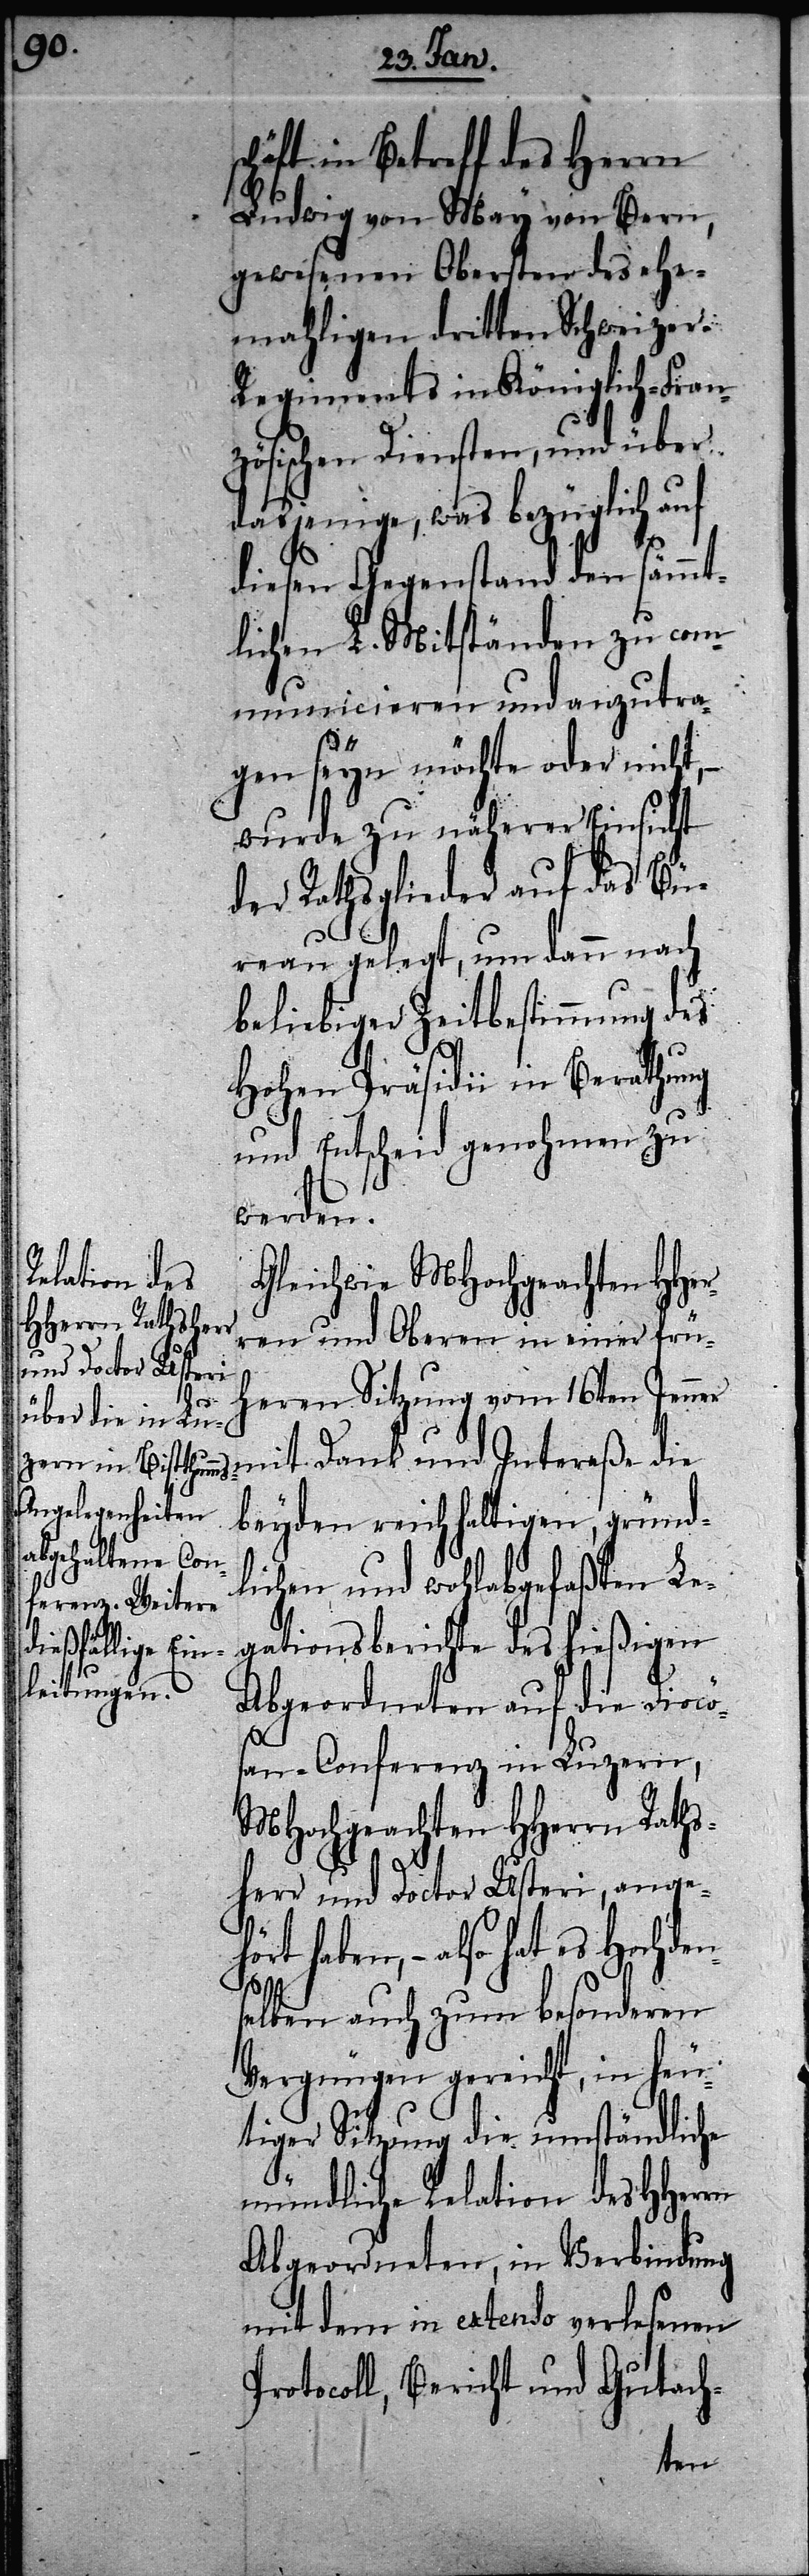
schäft in Betreff des Herrn
Ludwig von May von Bern,
gewesenen Obersten des ehe¬
mahligen dritten Schweizer-R¬
egiments in Königlich-Fran¬
zösischen Diensten, und über
dasjenige, was bezüglich auf
diesen Gegenstand den sämmt¬
lichen L. Mitständen zu com¬
municieren und anzutra¬
gen seyn möchte oder nicht, –
wurde zu näherer Einsicht
der Rathsglieder auf das Bü¬
reau gelegt, um dann nach
beliebiger Zeitbestimmung des
Hohen Präsidii in Berathung
und Entscheid genohmen zu
werden.
Gleichwie MHochgeachten HHer¬
ren und Oberen in einer frü¬
heren Sitzung vom 16ten Jenner
mit Dank und Intereße die
beyden reichhaltigen, gründ¬
lichen und wohlabgefaßten Le¬
gationsberichte des hießigen
Abgeordneten auf die Diocös¬
hö¬
an-Conferenz in Luzern,
MHochgeachten HHerrn Raths¬
herr und Doctor Usteri, ange¬
rt haben, – also hat es Hochden¬
selben auch zum besonderen
Vergnügen gereicht, in heu¬
tiger Sitzung die umständliche
mündliche Relation des HHerrn
Abgeordneten, in Verbindung
mit dem in extenso verlesenen
Protocoll, Bericht und Gutach-